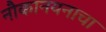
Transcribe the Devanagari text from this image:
नौकानयनाचा